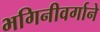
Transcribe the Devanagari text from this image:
भगिनीवर्गाने